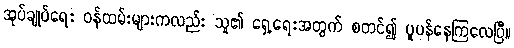
အုပ်ချုပ်ရေး ဝန်ထမ်းများကလည်း သူ၏ ရှေ့ရေးအတွက် စတင်၍ ပူပန်နေကြလေပြီ။